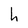
Character: h